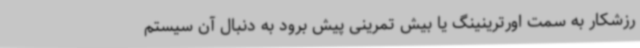
رزشکار به سمت اورترینینگ یا بیش تمرینی پیش برود به دنبال آن سیستم